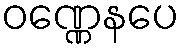
ဝဏ္ဏေနပေ